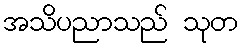
အသိပညာသည် သုတ